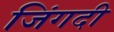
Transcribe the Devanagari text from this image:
जिंगदी